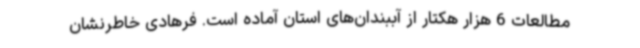
مطالعات 6 هزار هکتار از آببندان‌های استان آماده است. فرهادی خاطرنشان